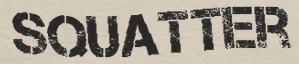
SQUATTER